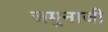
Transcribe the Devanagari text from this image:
जमुनाजी